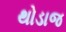
થોડાજ